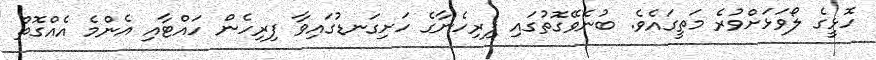
ހޮޅީގެ ލޯވަޅަށްވުރެ މަތީގައެވެ. ބުނެވޭގޮތުގައި ފިރިހެނާގެ ހަށިގަނޑުގައިވާ ފިރިހެން ހައްޓާއި އެންމެ އެއްގޮތް